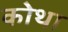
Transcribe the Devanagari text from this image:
कोथा